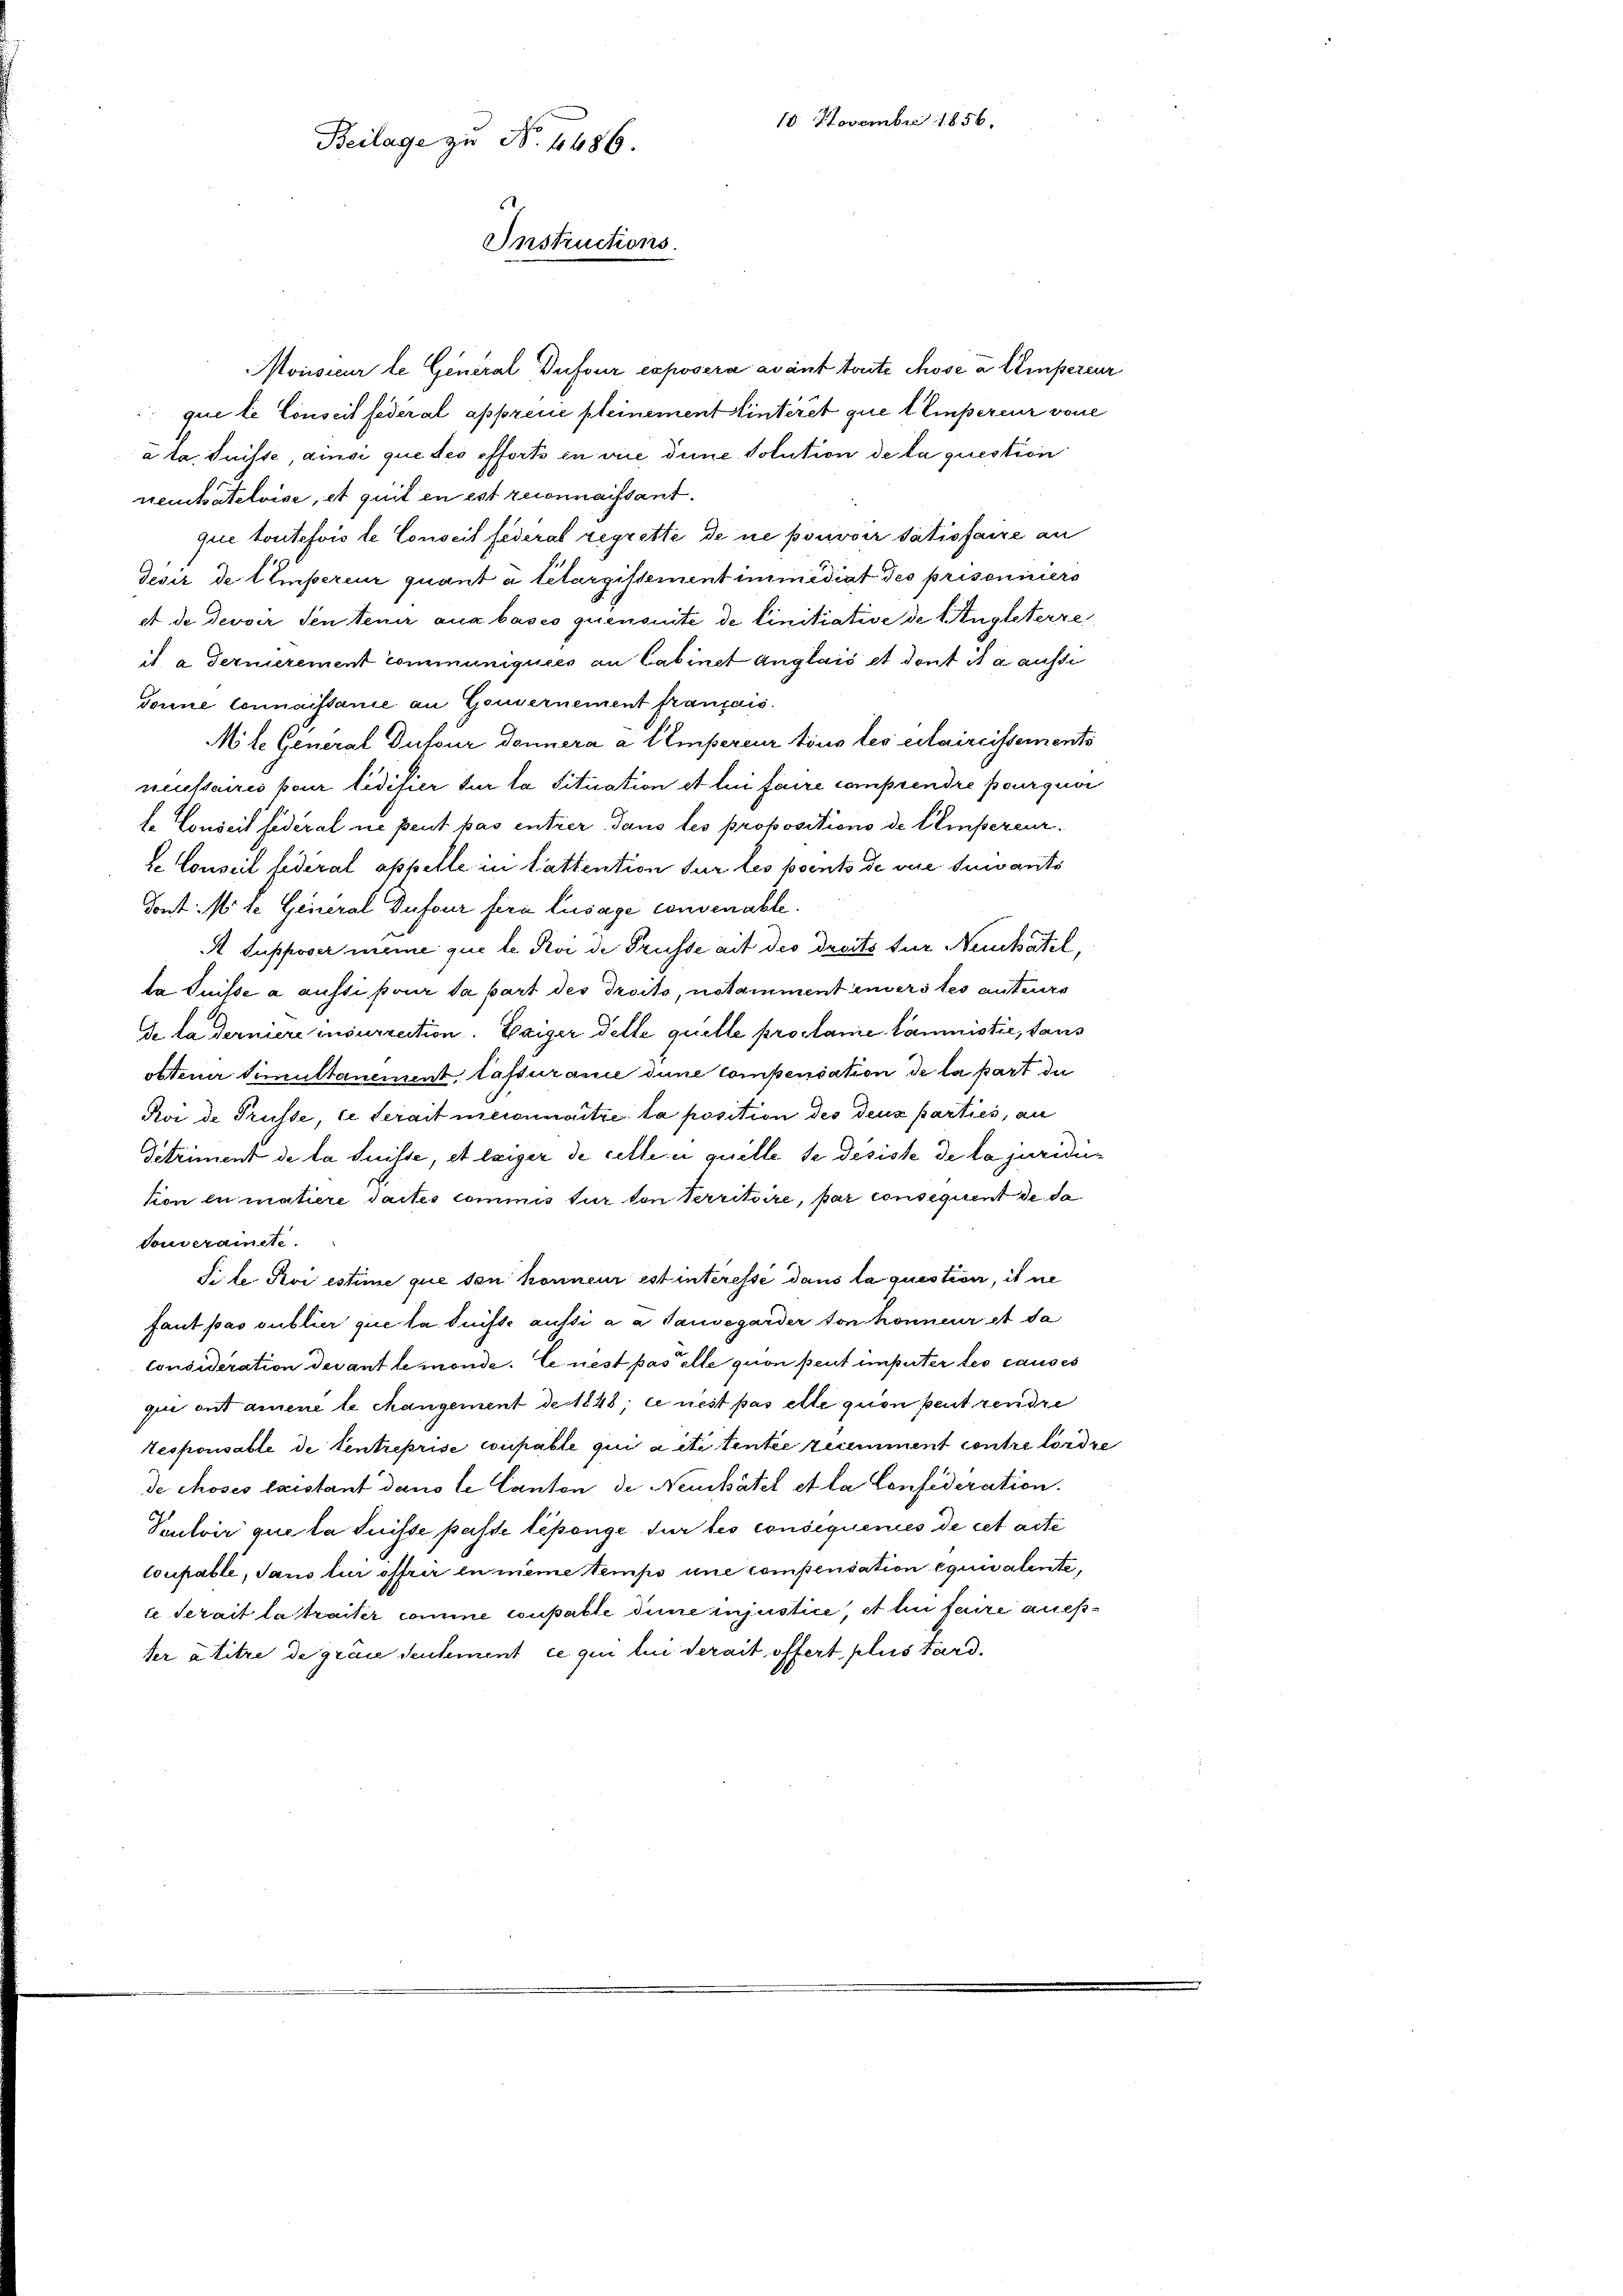
Beilage zu No 6486.
.
Instructions.

Monsieur le General Dufour exposera avant toute chose à tempercur
que le Conseil fédéral apprene pleinement intérêt que t Einsereur vone
a ta Suisse, ainsi que des effort in die dune solution de la question
neuchâteloise, et quit en est zuonnaissant.
que toutefois le Conseil féderat regrette de ne pouvoir satisfaire an
desir de tempereur quant à telargissement immédiat des prisoniciers
et de devoir den teuer aus bases quensuite de linitiative de 1. Ingleterze
i a. Fernerement communiquées an Cabinet Anglais et dont ita aufsi
Torine Connaissanie an Gouvernement français.
Mile General Dufour Donnera a EEmpercur tous les cilaireissements
reussaires pour lidifier sur la situation et lui faire comprendre pourquvi
te Conseit fideral ne peut pas entrer dans les propositions de Elisereur.
s. Conseil fédéral appelle in lattention sur les poento de vue suivants
Tont: so se General Dufour fern Zusage convenable.
R Supposer meine que le Roi de Grüsse ait des Dreits für Neukatel,
ta Suisse a aussi pour da part des Troits, notarument inverstes auteurs
de la derniere incurrection. Weiger delle quelle proplanie Commistie, taus
ottener Simultanement, lassurance dune compensation de la part du
Roi de Trüsse, ce serait meidunsitze la position des deux parties, an
Getriment de la Suisse, et exiger de cette e quelle se désiste de la juridier
tion en matiere daites commis tur von Verritoire, par consequent de da
Souveranete.
Sile Roi estime que den konneur est interessé dans la question, ist ne
faut pas subtier que la durfte aussi a a Tausegarder von honneur et da
Consideration devant le monde. Le nest pas elle quon peut imputer tes causes
qui ont amene le Mangement de 1848; ce nest pas ette gion peut rendre
Tesponsable de tentreprise coupable qui a été tenter ziement contre lordre
de choses leistant dans le Canton de Neuchâtel et la Confederation.
Veutoir que la Suisse passe lesenge sur les consequentes de cet acte
Coupable, dans lui offrir en même temps une compensation équivalente,
ce Serait la traiter comme coupable dene injustice, et le faire auster a titre de grace seulement ce qui lui serait offert plus tard.

10 Novembr 1856.